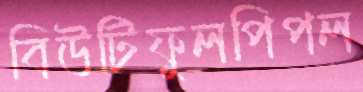
বিউটিফুলপিপল